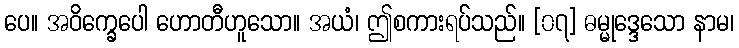
ပေ။ အဝိက္ခေပေါ ဟောတီဟူသော။ အယံ၊ ဤစကားရပ်သည်။ [၀၇] ဓမ္မုဒ္ဒေသော နာမ၊